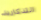
التذكارية